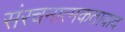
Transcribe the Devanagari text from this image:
संरचनात्मकतावाद